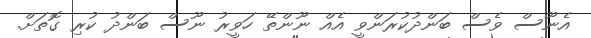
އެނޫސް ވެސް ބަންދުކުރަންވީ އެއް ނޫންތޭ ހަވީރު ނޫސް ބަންދު ކުރި ގޮތަށް.